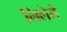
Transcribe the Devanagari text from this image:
लिलेरो